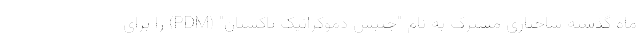
ماه گذشته ساختاری مشترک به نام "جنبش دموکراتیک پاکستان" (PDM) را برای